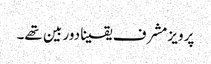
پرویز مشرف یقینا دور بین تھے۔